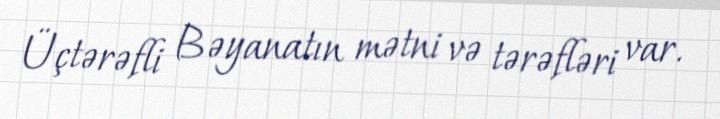
Üçtərəfli Bəyanatın mətni və tərəfləri var.